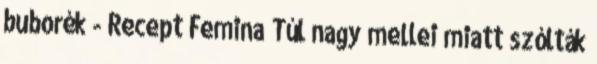
buborék - Recept Femina Túl nagy mellei miatt szólták